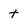
Character: t